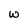
Character: w